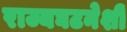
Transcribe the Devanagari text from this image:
राज्यघटनेशी